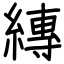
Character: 縳